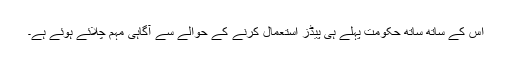
اس کے ساتھ ساتھ حکومت پہلے ہی پیڈز استعمال کرنے کے حوالے سے آگاہی مہم چلائے ہوئے ہے۔